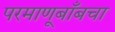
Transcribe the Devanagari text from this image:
परमाणूबाँबचा